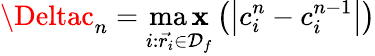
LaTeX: \Deltac_{n}=\operatorname*{ma\mathbf{x}}_{i:\vec{{r_{i}}}\in\mathcal{{D}}_{f}}\left(\left|c_{i}^{n}-c_{i}^{n-1}\right|\right)